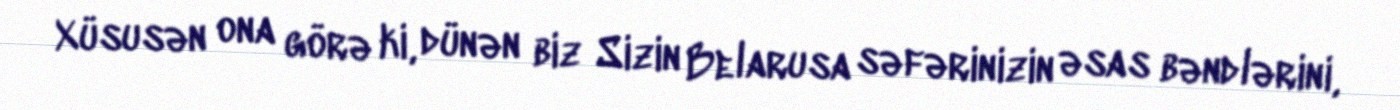
Xüsusən ona görə ki, dünən biz Sizin Belarusa səfərinizin əsas bəndlərini,